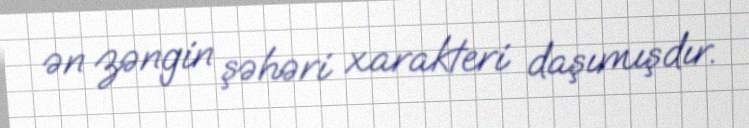
ən zəngin şəhəri xarakteri daşımışdır.